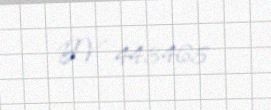
BV 443465